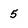
Character: 5